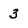
Character: 3